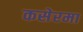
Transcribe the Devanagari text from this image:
कसेरमा